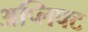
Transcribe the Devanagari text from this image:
अप्लिफ्ट